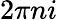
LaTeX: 2\pi ni